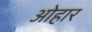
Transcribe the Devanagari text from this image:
ओहार